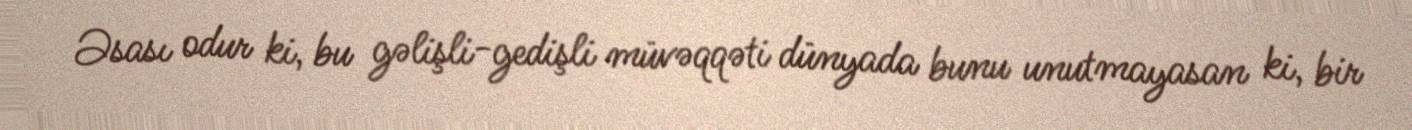
Əsası odur ki, bu gəlişli-gedişli müvəqqəti dünyada bunu unutmayasan ki, bir